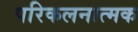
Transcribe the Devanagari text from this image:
परिकलनात्मक